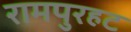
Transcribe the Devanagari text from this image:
रामपुरहट